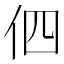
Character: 伵